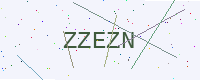
Text: ZZEZN